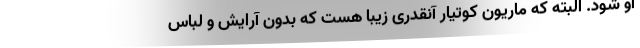
او شود. البته که ماریون کوتیار آنقدری زیبا هست که بدون آرایش و لباس